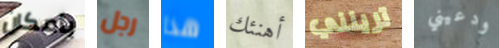
بأمكان رجل هذا أهنئك ترينني ودعيني